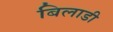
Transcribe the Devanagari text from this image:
बिलाडी